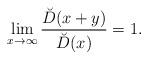
LaTeX: \begin{align*}\lim_{x \to \infty}\frac{\breve{D}(x+y)}{\breve{D}(x)} = 1.\end{align*}